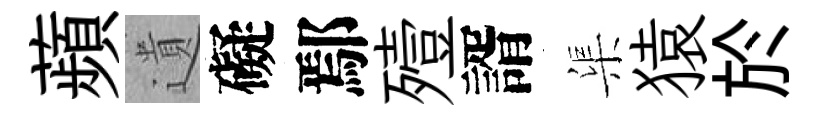
蘋遺礙鄢殪諝渠猿於